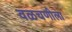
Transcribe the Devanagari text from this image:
वळचणीला